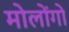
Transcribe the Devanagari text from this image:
मोलोंगो